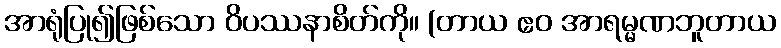
အာရုံပြု၍ဖြစ်သော ဝိပဿနာစိတ်ကို။ (တာယ ဧဝ အာရမ္မဏဘူတာယ